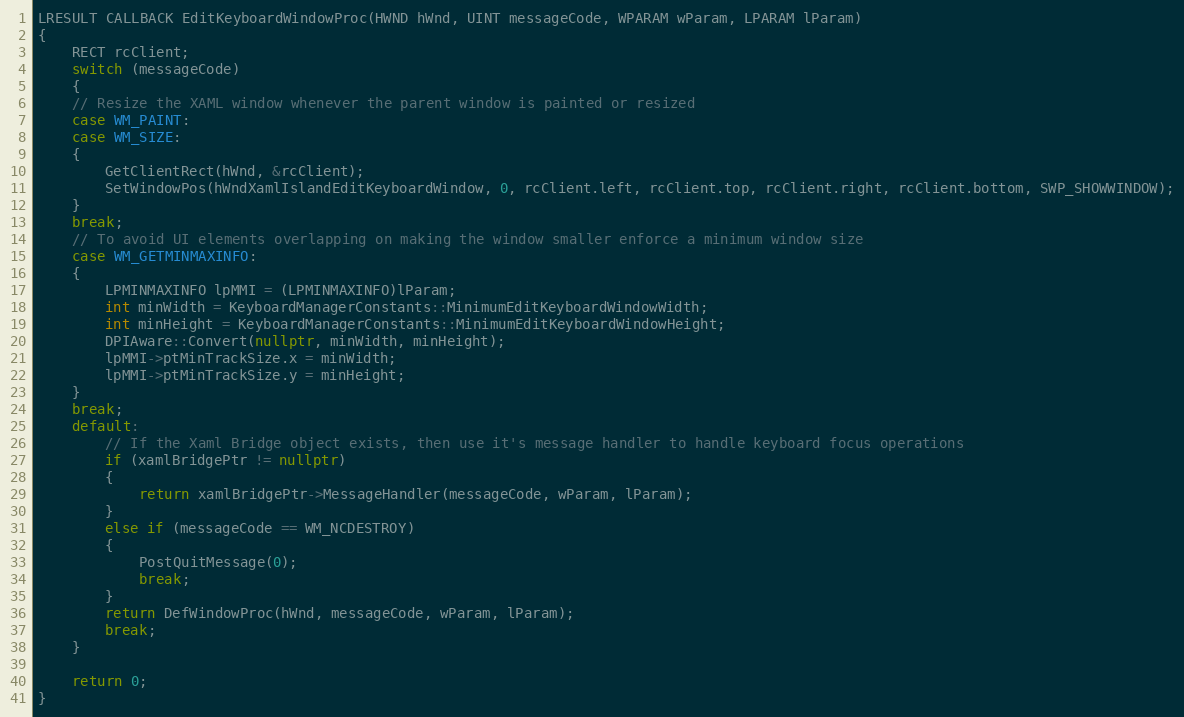
Language: C++
LRESULT CALLBACK EditKeyboardWindowProc(HWND hWnd, UINT messageCode, WPARAM wParam, LPARAM lParam)
{
    RECT rcClient;
    switch (messageCode)
    {
    // Resize the XAML window whenever the parent window is painted or resized
    case WM_PAINT:
    case WM_SIZE:
    {
        GetClientRect(hWnd, &rcClient);
        SetWindowPos(hWndXamlIslandEditKeyboardWindow, 0, rcClient.left, rcClient.top, rcClient.right, rcClient.bottom, SWP_SHOWWINDOW);
    }
    break;
    // To avoid UI elements overlapping on making the window smaller enforce a minimum window size
    case WM_GETMINMAXINFO:
    {
        LPMINMAXINFO lpMMI = (LPMINMAXINFO)lParam;
        int minWidth = KeyboardManagerConstants::MinimumEditKeyboardWindowWidth;
        int minHeight = KeyboardManagerConstants::MinimumEditKeyboardWindowHeight;
        DPIAware::Convert(nullptr, minWidth, minHeight);
        lpMMI->ptMinTrackSize.x = minWidth;
        lpMMI->ptMinTrackSize.y = minHeight;
    }
    break;
    default:
        // If the Xaml Bridge object exists, then use it's message handler to handle keyboard focus operations
        if (xamlBridgePtr != nullptr)
        {
            return xamlBridgePtr->MessageHandler(messageCode, wParam, lParam);
        }
        else if (messageCode == WM_NCDESTROY)
        {
            PostQuitMessage(0);
            break;
        }
        return DefWindowProc(hWnd, messageCode, wParam, lParam);
        break;
    }

    return 0;
}